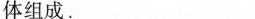
体组成。